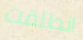
انطلقت